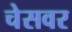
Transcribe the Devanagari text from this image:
चेसवर